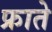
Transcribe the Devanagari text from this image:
फ्राते